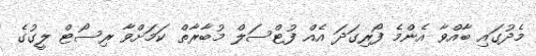
މެދުގައި ބާއްވާ އެންމެ ފޯރިގަދަ އެއް ފުޓްސަލް މުބާރާތް ކަމަށްވާ ރިސޯޓް ލީގުގެ